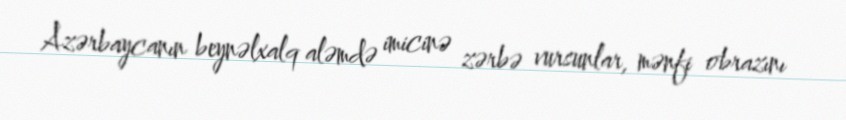
Azərbaycanın beynəlxalq aləmdə imicinə zərbə vursunlar, mənfi obrazını